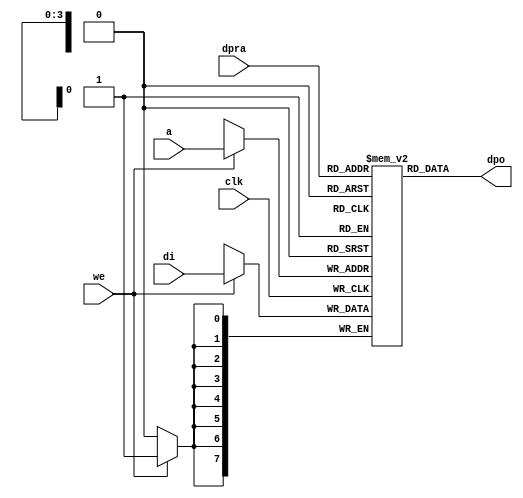
//////////////////////////////////////////////////////////////////////
////                                                              ////
////  raminfr.v                                                   ////
////                                                              ////
////                                                              ////
////  This file is part of the "UART 16550 compatible" project    ////
////  http://www.opencores.org/cores/uart16550/                   ////
////                                                              ////
////  Documentation related to this project:                      ////
////  - http://www.opencores.org/cores/uart16550/                 ////
////                                                              ////
////  Projects compatibility:                                     ////
////  - WISHBONE                                                  ////
////  RS232 Protocol                                              ////
////  16550D uart (mostly supported)                              ////
////                                                              ////
////  Overview (main Features):                                   ////
////  Inferrable Distributed RAM for FIFOs                        ////
////                                                              ////
////  Known problems (limits):                                    ////
////  None                .                                       ////
////                                                              ////
////  To Do:                                                      ////
////  Nothing so far.                                             ////
////                                                              ////
////  Author(s):                                                  ////
////      - gorban@opencores.org                                  ////
////      - Jacob Gorban                                          ////
////                                                              ////
////  Last Updated:   2002/07/22                                  ////
////                  (See log for the revision history)          ////
////                                                              ////
////                                                              ////
//////////////////////////////////////////////////////////////////////
////                                                              ////
//// Copyright (C) 2000, 2001 Authors                             ////
////                                                              ////
//// This source file may be used and distributed without         ////
//// restriction provided that this copyright statement is not    ////
//// removed from the file and that any derivative work contains  ////
//// the original copyright notice and the associated disclaimer. ////
////                                                              ////
//// This source file is free software; you can redistribute it   ////
//// and/or modify it under the terms of the GNU Lesser General   ////
//// Public License as published by the Free Software Foundation; ////
//// either version 2.1 of the License, or (at your option) any   ////
//// later version.                                               ////
////                                                              ////
//// This source is distributed in the hope that it will be       ////
//// useful, but WITHOUT ANY WARRANTY; without even the implied   ////
//// warranty of MERCHANTABILITY or FITNESS FOR A PARTICULAR      ////
//// PURPOSE.  See the GNU Lesser General Public License for more ////
//// details.                                                     ////
////                                                              ////
//// You should have received a copy of the GNU Lesser General    ////
//// Public License along with this source; if not, download it   ////
//// from http://www.opencores.org/lgpl.shtml                     ////
////                                                              ////
//////////////////////////////////////////////////////////////////////
//
// CVS Revision History
//
// $Log: raminfr.v.rca $
// 
//  Revision: 1.1.1.1 Tue Jun  7 09:39:01 2011 copew1
//  first stab at merging s0903a branch.
// 
//  Revision: 1.1 Fri Jun  3 12:44:14 2011 tractp1
//  UART in test bench to send/receive ASCII bytes with FPGA UART and 
//  command processing task in firmware
// Revision 1.1  2002/07/22 23:02:23  gorban
// Bug Fixes:
//  * Possible loss of sync and bad reception of stop bit on slow baud rates fixed.
//   Problem reported by Kenny.Tung.
//  * Bad (or lack of ) loopback handling fixed. Reported by Cherry Withers.
//
// Improvements:
//  * Made FIFO's as general inferrable memory where possible.
//  So on FPGA they should be inferred as RAM (Distributed RAM on Xilinx).
//  This saves about 1/3 of the Slice count and reduces P&R and synthesis times.
//
//  * Added optional baudrate output (baud_o).
//  This is identical to BAUDOUT* signal on 16550 chip.
//  It outputs 16xbit_clock_rate - the divided clock.
//  It's disabled by default. Define UART_HAS_BAUDRATE_OUTPUT to use.
//

//Following is the Verilog code for a dual-port RAM with asynchronous read. 
module raminfr   
        (clk, we, a, dpra, di, dpo); 

parameter addr_width = 4;
parameter data_width = 8;
parameter depth = 16;

input clk;   
input we;   
input  [addr_width-1:0] a;   
input  [addr_width-1:0] dpra;   
input  [data_width-1:0] di;   
//output [data_width-1:0] spo;   
output [data_width-1:0] dpo;   
reg    [data_width-1:0] ram [depth-1:0]; 

wire [data_width-1:0] dpo;
wire  [data_width-1:0] di;   
wire  [addr_width-1:0] a;   
wire  [addr_width-1:0] dpra;   
 
  always @(posedge clk) begin   
    if (we)   
      ram[a] <= di;   
  end   
//  assign spo = ram[a];   
  assign dpo = ram[dpra];   
endmodule